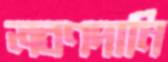
লবণদানি